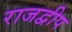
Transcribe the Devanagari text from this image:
राजद्वीप